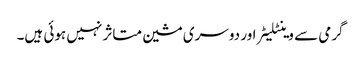
گرمی سے وینٹلیٹر اور دوسری مشین متاثر نہیں ہوئی ہیں۔